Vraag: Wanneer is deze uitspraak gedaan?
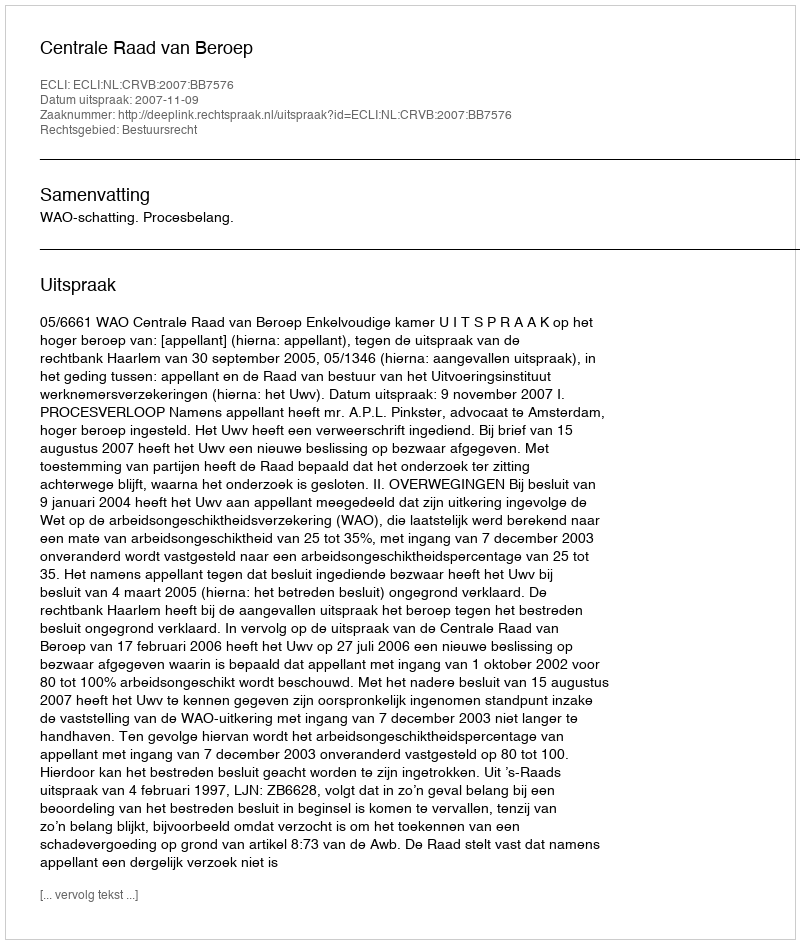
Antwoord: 2007-11-09